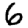
Digit: 6